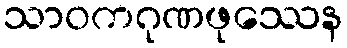
သာဝကဂုဏဖုဿေန